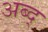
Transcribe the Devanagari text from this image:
अब्द्